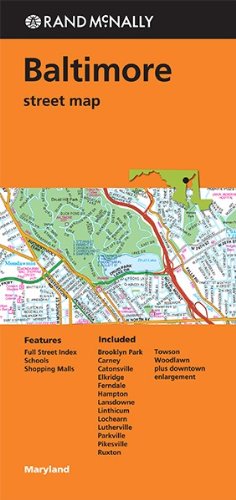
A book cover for Rand Mcnally Folded Map: Baltimore Street Map; Rand McNally; Travel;